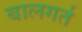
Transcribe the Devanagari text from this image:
बालगर्त